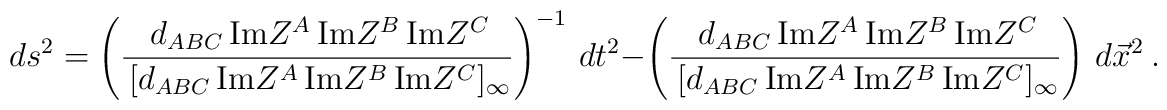
ds^2 = \left(  { \, d_{ABC}  \,  {\rm Im} Z^A \, {\rm Im} Z^B \, {\rm Im} Z^C\over  \, [d_{ABC}  \,  {\rm Im} Z^A \, {\rm Im} Z^B \, {\rm Im} Z^C]_\infty}\right )^{-1}\, dt^2 -\left(  { \, d_{ABC}  \,  {\rm Im} Z^A \, {\rm Im} Z^B \, {\rm Im} Z^C \over\, [d_{ABC}  \,  {\rm Im} Z^A \, {\rm Im} Z^B \, {\rm Im} Z^C]_\infty  }\right)\,d\vec x^2 \ .